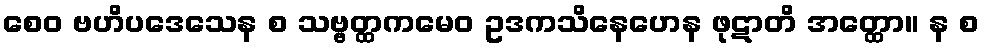
စေဝ ဗဟိပဒေသေန စ သဗ္ဗတ္ထကမေဝ ဥဒကသိနေဟေန ဖုဋာတိ အတ္ထော။ န စ